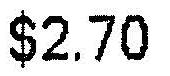
$2.70